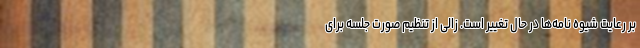
بر رعایت شیوه نامه‌ها در حال تغییر است. زالی از تنظیم صورت جلسه برای